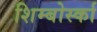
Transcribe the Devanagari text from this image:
शिम्बोर्स्का